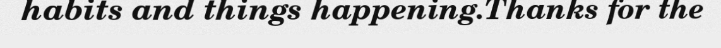
habits and things happening.Thanks for the